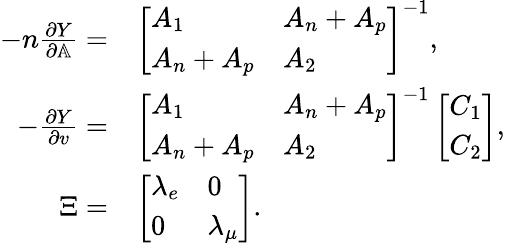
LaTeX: \begin{array}{rl}{-n\frac{\partial Y}{\partial\mathbb{A}}=}&{\left[\begin{array}{ll}{A_{1}}&{A_{n}+A_{p}}\\ {A_{n}+A_{p}}&{A_{2}}\end{array}\right]^{-1},}\\ {-\frac{\partial Y}{\partial v}=}&{\left[\begin{array}{ll}{A_{1}}&{A_{n}+A_{p}}\\ {A_{n}+A_{p}}&{A_{2}}\end{array}\right]^{-1}\left[\begin{array}{l}{C_{1}}\\ {C_{2}}\end{array}\right],}\\ {\Xi=}&{\left[\begin{array}{ll}{\lambda_{e}}&{0}\\ {0}&{\lambda_{\mu}}\end{array}\right].}\end{array}